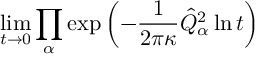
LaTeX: \operatorname * { l i m } _ { t \rightarrow 0 } \prod _ { \alpha } \exp \left( - \frac { 1 } { 2 \pi \kappa } \hat { Q } _ { \alpha } ^ { 2 } \ln t \right)